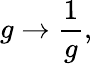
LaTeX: g\rightarrow\frac{1}{g},